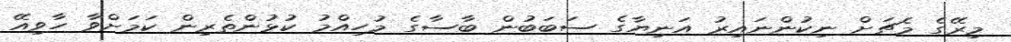
މިރޭގެ މެޗަށް ނިކުންނައިރު އަނިޔާގެ ސަބަބުން ބާސާގެ މުހިއްމު ކުޅުންތެރިން ކަމަށްވާ ހާވިއޭ